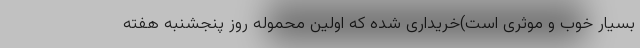
بسیار خوب و موثری است)خریداری شده که اولین محموله روز پنجشنبه هفته